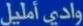
وادي-أميلل